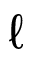
\ell